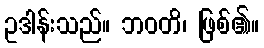
ဥဒါန်းသည်။ ဘဝတိ၊ ဖြစ်၏။